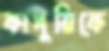
কাসুরিকে